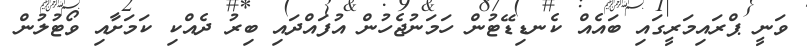
ވަނީ ޕްރައިމަރީގައި ބައެއް ކެނޑިޑޭޓުން ހަމަނުޖެހުން އުފައްދައި ބިރު ދެއްކި ކަމަށާއި ވޯޓުލުން